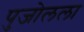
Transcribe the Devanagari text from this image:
पुजोलला